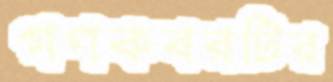
গণকবরটির